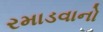
રમાડવાનો